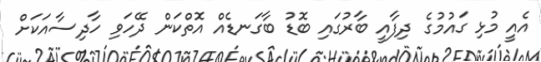
އެއީ މުޅި ގައުމުގެ ދިފާއީ ބާރުގައި ބޮޑު ބާގަނޑެއް އޮތްކަން ދޭހަވި ހާދިސާއަކަށް